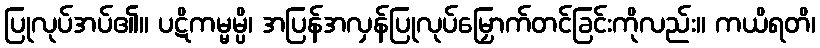
ပြုလုပ်အပ်၏။ ပဋိကမ္မမ္ပိ၊ အပြန်အလှန်ပြုလုပ်မြှောက်တင်ခြင်းကိုလည်း။ ကယိရတိ၊